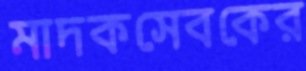
মাদকসেবকের